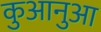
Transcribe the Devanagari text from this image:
कुआनुआ